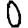
Digit: 0